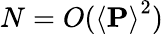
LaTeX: N=O(\left<\mathbf{P}\right>^{2})